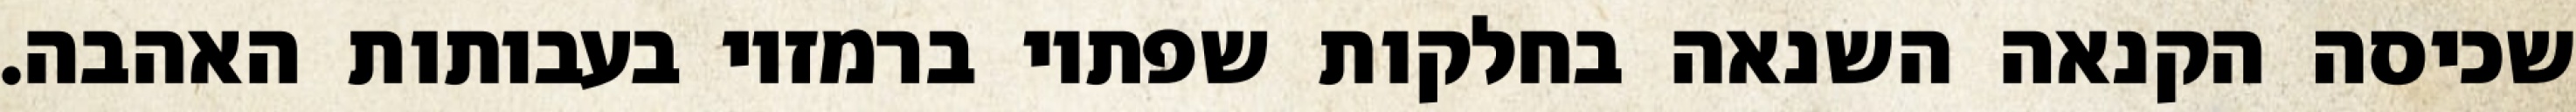
שכיסה הקנאה השנאה בחלקות שפתיו ברמזיו בעבותות האהבה.